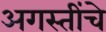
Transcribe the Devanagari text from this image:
अगस्तींचे